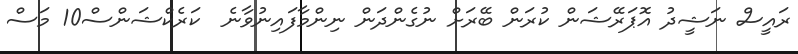
ރައީސް ނަޝީދު އޮޕަރޭޝަން ކުރަން ބޭރަށް ނުގެންދަން ނިންމާފައިނުވާނެ  ކަރެކްޝަންސް10 މަސް